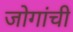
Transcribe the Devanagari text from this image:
जोगांची